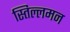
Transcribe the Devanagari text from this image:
स्तिल्लमन